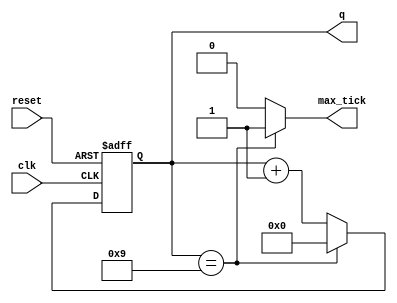
`timescale 1ns / 1ps
//////////////////////////////////////////////////////////////////////////////////
// 
// Module Name:    mod_m_counter
// Project Name:   MiniMoog Synth simulator
// Target Devices: Spartan 6
// Tool versions:  ISE 14.4
//
// Description:    Mod M counter design sourced from book 'FPGA Prototyping by Verilog Examples' by Pong Chu.
//                 ISBN 9780470185322.
//
// Dependencies: 
//
// Revision: 
// Revision 0.01 - File Created
// Additional Comments: 
//
//////////////////////////////////////////////////////////////////////////////////

module mod_m_counter
	#(
		parameter N=4,		// number of bits in counter
		          M=10		// counter modulo
	 )
	 (
    input clk,
    input reset,
    output max_tick,
    output [N-1:0] q
    );

	// signal declaration
	reg	[N-1:0] r_reg;
	wire	[N-1:0] r_next;
	
	// body
	// register
	always @(posedge clk, posedge reset)
		if (reset)
			r_reg <= 0;
		else
			r_reg <= r_next;

	// next-state logic
	assign r_next = (r_reg == (M-1)) ? 0 : r_reg + 1;
	
	// output logic
	assign q = r_reg;
	assign max_tick = (r_reg == (M-1)) ? 1'b1 : 1'b0;
		
endmodule